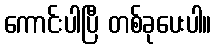
ကောင်းပါပြီ တစ်ခုပေးပါ။